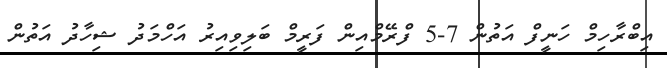
އިބްރާހިމް ހަނީފް އަތުން 7-5 ފްރޭމްއިން ފަރީމް ބަލިވިއިރު އަހްމަދު ޝިހާދު އަތުން